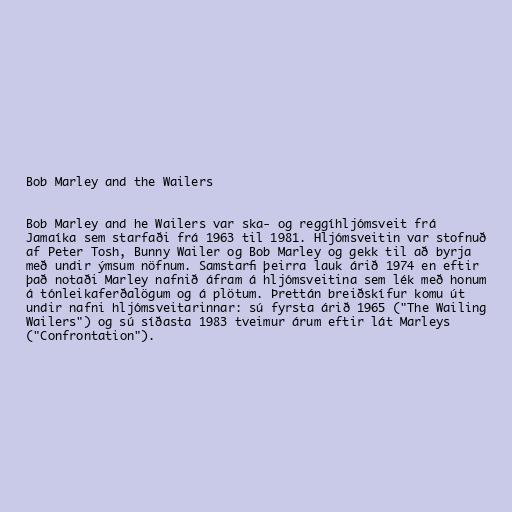
Bob Marley and the Wailers

Bob Marley and he Wailers var ska- og reggíhljómsveit frá
Jamaíka sem starfaði frá 1963 til 1981. Hljómsveitin var stofnuð
af Peter Tosh, Bunny Wailer og Bob Marley og gekk til að byrja
með undir ýmsum nöfnum. Samstarfi þeirra lauk árið 1974 en eftir
það notaði Marley nafnið áfram á hljómsveitina sem lék með honum
á tónleikaferðalögum og á plötum. Þrettán breiðskífur komu út
undir nafni hljómsveitarinnar: sú fyrsta árið 1965 ("The Wailing
Wailers") og sú síðasta 1983 tveimur árum eftir lát Marleys
("Confrontation").